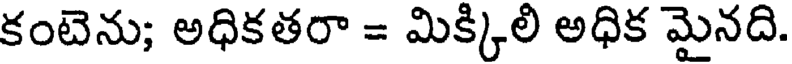
కంటెను; అధికతరా = మిక్కిలి అధిక మైనది.